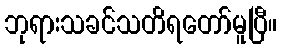
ဘုရားသခင်သတိရတော်မူပြီ။